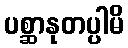
ပစ္ဆာနုတပ္ပါမိ